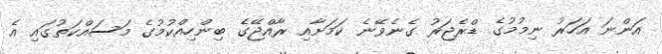
އަންނަ އަހަރު ނިމުމުގެ ޑްރެޖަރު ގެނެވޭނެ ކަމަށާއި ރާއްޖޭގެ ބިންހިއްކުމުގެ މަސައްކަތުގައި އެ